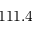
1 1 1 . 4